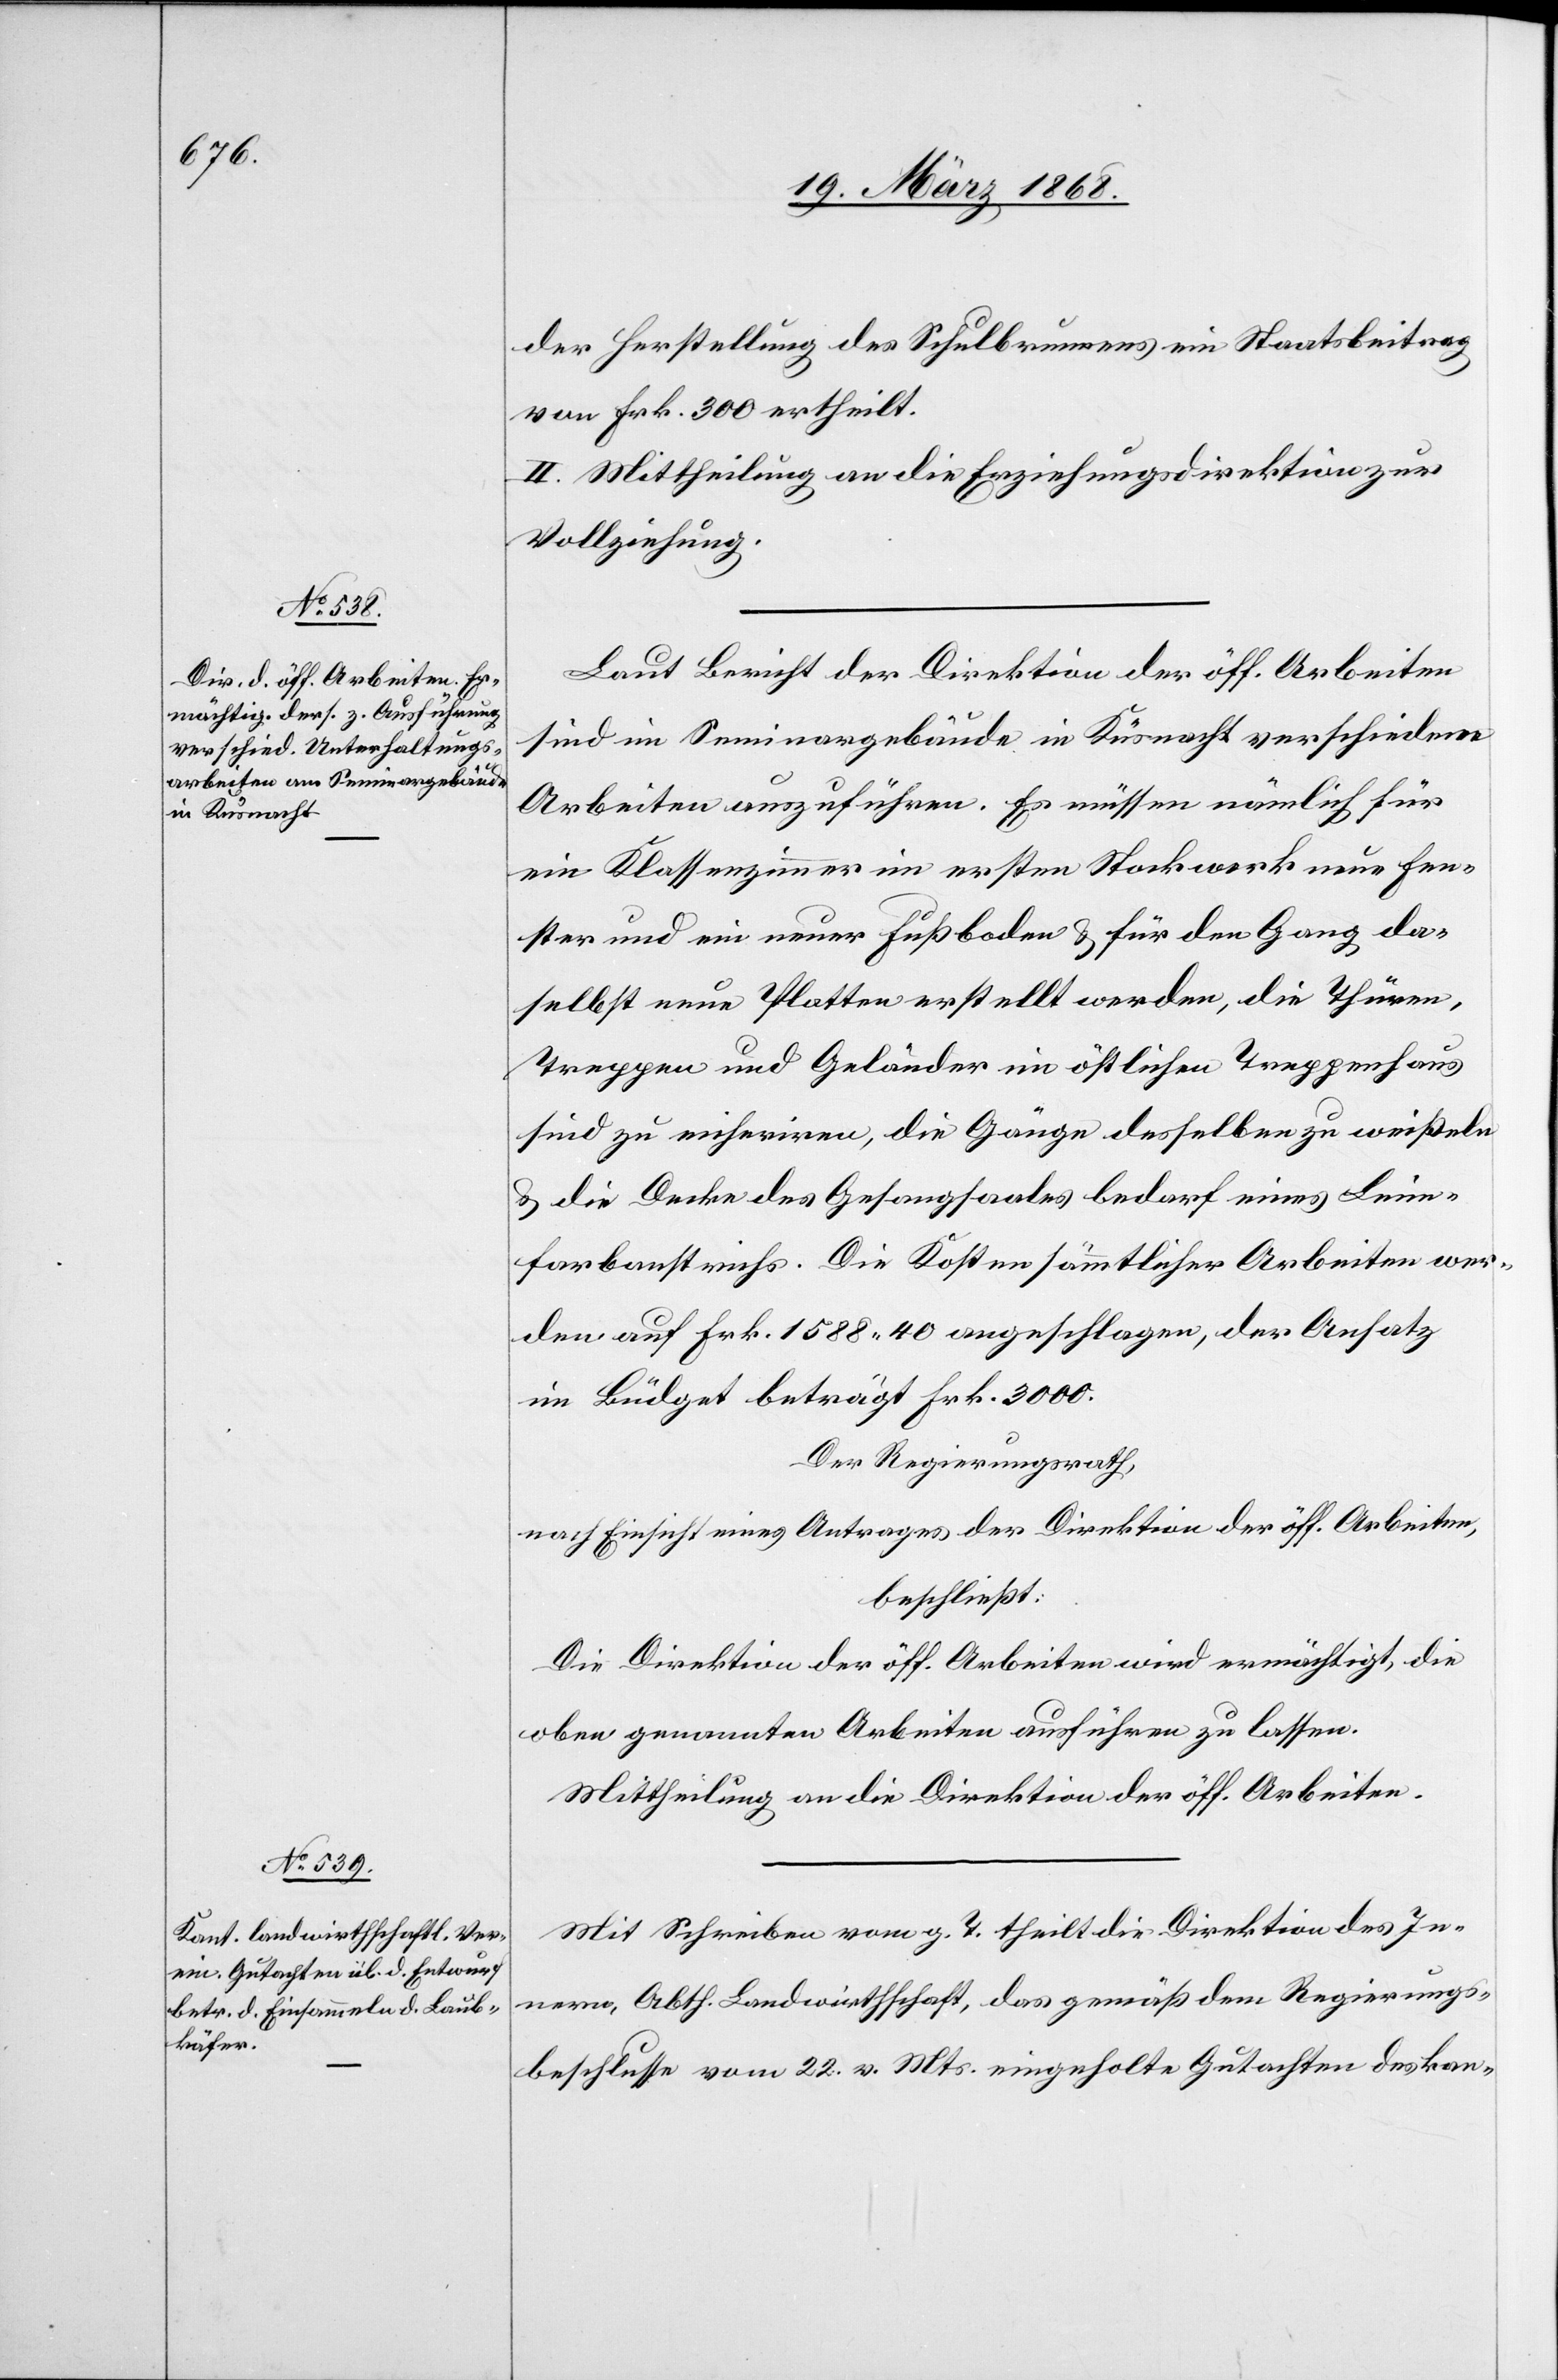
der Herstellung des Schulbrunnens ein Staatsbeitrag
von Frk. 300 ertheilt.
II. Mittheilung an die Erziehungsdirektion zur
Vollziehung.
Laut Bericht der Direktion der öff. Arbeiten
sind im Seminargebäude in Küsnacht verschiedene
Arbeiten auszuführen. Es müssen nämlich für
ein Klassenzimmer im ersten Stockwerk neue Fen¬
ster und ein neuer Fußboden & für den Gang da¬
selbst neue Platten erstellt werden, die Thüren,
Treppen und Geländer im östlichen Treppenhaus
sind zu eicheriren, die Gänge desselben zu weißeln
& die Decke des Gesangsaales bedarf eines Leim¬
farbanstrichs. Die Kosten sämmtlicher Arbeiten wer¬
den auf Frk. 1588. 40 angeschlagen, der Ansatz
im Büdget beträgt Frk. 3000.
Der Regierungsrath,
nach Einsicht eines Antrages der Direktion der öff. Arbeiten,
beschließt:
Die Direktion der öff. Arbeiten wird ermächtigt, die
oben genannten Arbeiten ausführen zu lassen.
Mittheilung an die Direktion der öff. Arbeiten.
Mit Schreiben vom g. T. theilt die Direktion des In¬
nern, Abth. Landwirthschaft, das gemäß dem Regierungs¬
beschlusse vom 22. v. Mts. eingeholte Gutachten des kan-